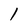
Character: l